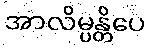
အာလိမ္ပန္တိပေ